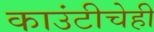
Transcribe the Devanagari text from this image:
काउंटीचेही